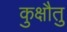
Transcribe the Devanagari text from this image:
कुक्षौतु